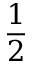
\frac 1 2